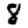
Digit: 8